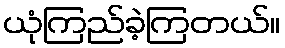
ယုံကြည်ခဲ့ကြတယ်။